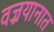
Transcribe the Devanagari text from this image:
वज्रयानात